Indian journal of veterinary science and animal husbandry - Volumes 15-17, 1948-1951
Year: 1948
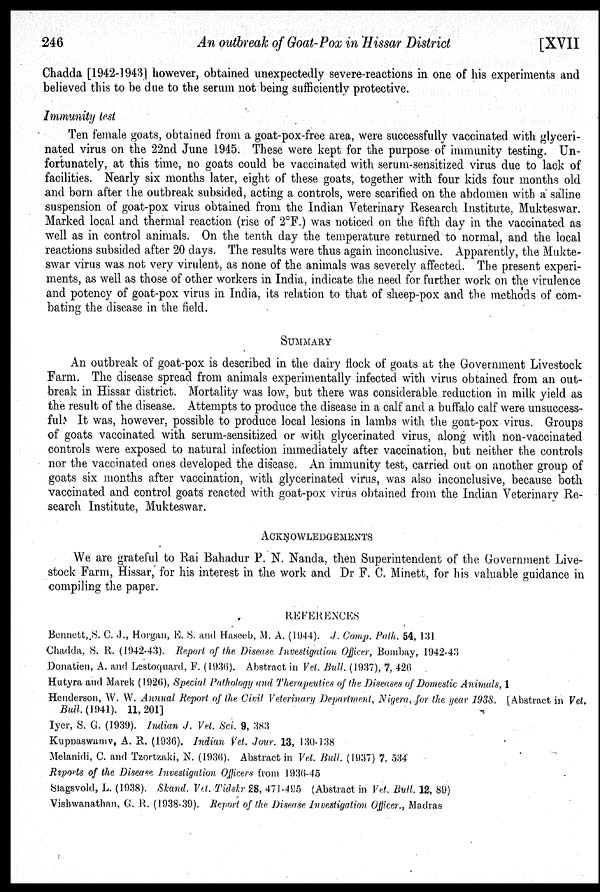
246
An outbreak of Goat-Pox in Hissar District
[XVII
Chadda [1942-1943] however, obtained unexpectedly severe-reactions in one of his experiments and
believed this to be due to the serum not being sufficiently protective.
Immunity test
Ten female goats, obtained from a goat-pox-free area, were successfully vaccinated with glyceri-
nated virus on the 22nd June 1945. These were kept for the purpose of immunity testing. Un-
fortunately, at this time, no goats could be vaccinated with serum-sensitized virus due to lack of
facilities. Nearly six months later, eight of these goats, together with four kids four months old
and born after the outbreak subsided, acting a controls, were scarified on the abdomen with a saline
suspension of goat-pox virus obtained from the Indian Veterinary Research Institute, Mukteswar.
Marked local and thermal reaction (rise of 2°F.) was noticed on the fifth day in the vaccinated as
well as in control animals. On the tenth day the temperature returned to normal, and the local
reactions subsided after 20 days. The results were thus again inconclusive. Apparently, the Mukte-
swar virus was not very virulent, as none of the animals was severely affected. The present experi-
ments, as well as those of other workers in India, indicate the need for further work on the virulence
and potency of goat-pox virus in India, its relation to that of sheep-pox and the methods of com-
bating the disease in the field.
SUMMARY
An outbreak of goat-pox is described in the dairy flock of goats at the Government Livestock
Farm. The disease spread from animals experimentally infected with virus obtained from an out-
break in Hissar district. Mortality was low, but there was considerable reduction in milk yield as
the result of the disease. Attempts to produce the disease in a calf and a buffalo calf were unsuccess-
ful. It was, however, possible to produce local lesions in lambs with the goat-pox virus. Groups
of goats vaccinated with serum-sensitized or with glycerinated virus, along with non-vaccinated
controls were exposed to natural infection immediately after vaccination, but neither the controls
nor the vaccinated ones developed the disease. An immunity test, carried out on another group of
goats six months after vaccination, with glycerinated virus, was also inconclusive, because both
vaccinated and control goats reacted with goat-pox virus obtained from the Indian Veterinary Re-
search Institute, Mukteswar.
ACKNOWLEDGEMENTS
We are grateful to Rai Bahadur P. N. Nanda, then Superintendent of the Government Live-
stock Farm, Hissar, for his interest in the work and Dr F. C. Minett, for his valuable guidance in
compiling the paper.
REFERENCES
Bennett,.S. C. J., Horgan, E. S. and Haseeb, M. A. (1944). J. Comp. Path. 54, 131
Chadda, S. R. (1942-43). Report of the Disease Investigation Officer, Bombay, 1942-43
Donatien, A. and Lestoquard, F. (1936). Abstract in Vet. Bull, (1937), 7, 426
Hutyra and Marek (1926), Special Pathology and Therapeutics of the Diseases of Domestic Animals, 1
Henderson, W. W. Annual Report of the Civil Veterinary Department, Nigera, for the year 1938. [Abstract in Vet.
Bull. (1941). 11, 201]
Iyer, S. G. (1939). Indian J. Vet. Sci. 9, 383
Kuppaswamv, A. R. (1936). Indian Vet. Jour. 13, 130-138
Melanidi, C. and Tzortzaki, N. (1936). Abstract in Vet. Bull. (1937) 7, 534
Reports of the Disease. Investigation Officers from 1936-45
Slagsvold, L. (1938). Skand. Vet. Tidskr 28, 471-495 (Abstract in Vet. Bull. 12, 89)
Vishwanathan, G. R. (1938-39). Report of the Disease Investigation Officer., Madras